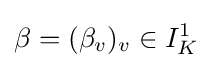
\beta =(\beta _{v})_{v}\in I_{K}^{1}